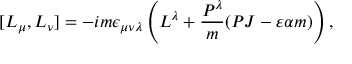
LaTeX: [ L _ { \mu } , L _ { \nu } ] = - i m \epsilon _ { \mu \nu \lambda } \left( L ^ { \lambda } + \frac { P ^ { \lambda } } { m } ( P J - \varepsilon \alpha m ) \right) ,